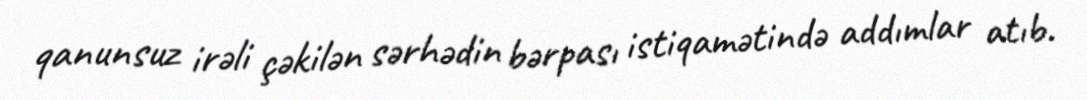
qanunsuz irəli çəkilən sərhədin bərpası istiqamətində addımlar atıb.